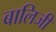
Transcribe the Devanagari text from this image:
बालिजी